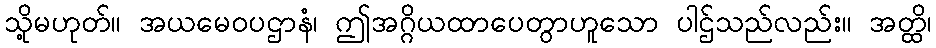
သို့မဟုတ်။ အယမေဝပဌာနံ၊ ဤအဂ္ဂိယထာပေတွာဟူသော ပါဌ်သည်လည်း။ အတ္ထိ၊